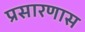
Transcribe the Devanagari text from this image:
प्रसारणास